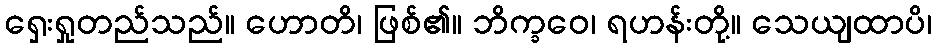
ရှေးရှုတည်သည်။ ဟောတိ၊ ဖြစ်၏။ ဘိက္ခဝေ၊ ရဟန်းတို့။ သေယျထာပိ၊